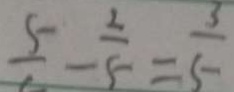
\frac { 5 } { 1 } - \frac { 2 } { 5 } = \frac { 3 } { 5 }